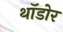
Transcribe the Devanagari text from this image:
थॉडोर